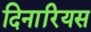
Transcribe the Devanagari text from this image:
दिनारियस